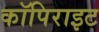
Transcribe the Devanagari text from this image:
कॉपिराइट